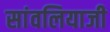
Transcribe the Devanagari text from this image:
सांवलियाजी